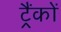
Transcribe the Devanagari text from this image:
ट्रैंकों